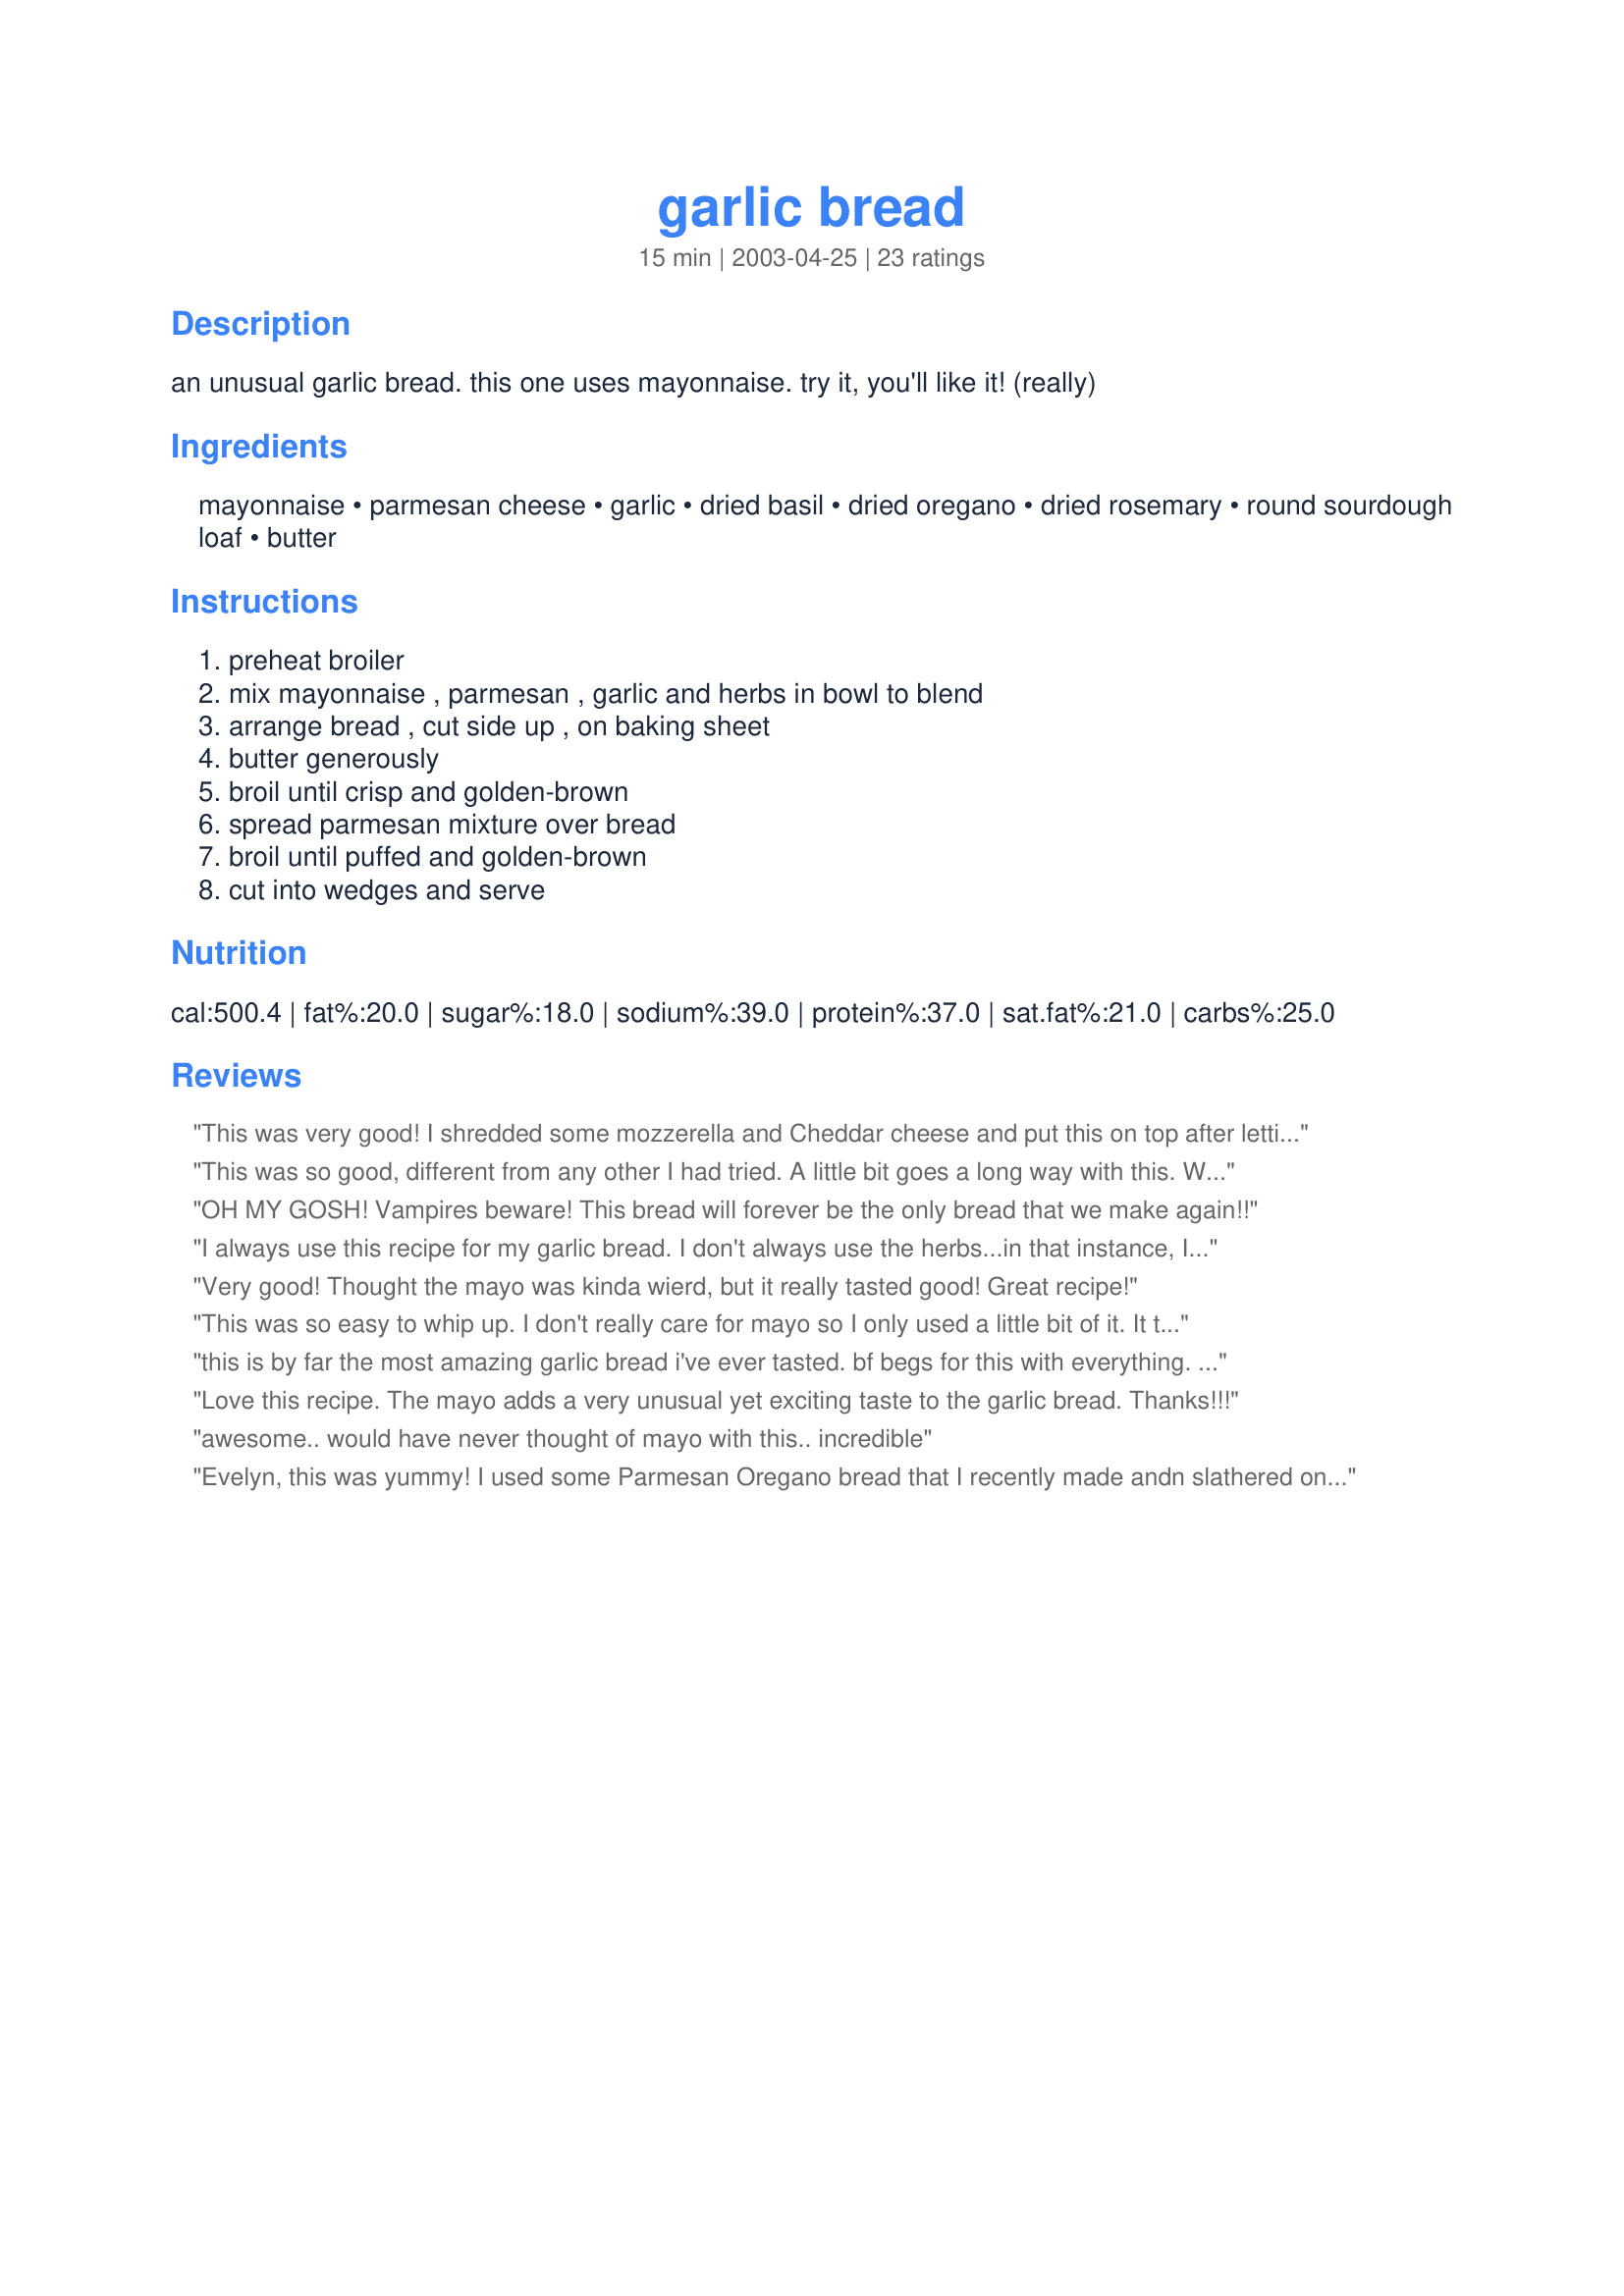
garlic bread
Preparation time: 15 minutes

an unusual garlic bread. this one uses mayonnaise. try it, you'll like it! (really)

Ingredients:
mayonnaise, parmesan cheese, garlic, dried basil, dried oregano, dried rosemary, round sourdough loaf, butter

Steps:
preheat broiler, mix mayonnaise , parmesan , garlic and herbs in bowl to blend, arrange bread , cut side up , on baking sheet, butter generously, broil until crisp and golden-brown, spread parmesan mixture over bread, broil until puffed and golden-brown, cut into wedges and serve

Reviews:
This was very good! I shredded some mozzerella and Cheddar cheese and put this on top after letting the bread toast up a tad...Great with just a salad and soup!
This was so good, different from any other I had tried. A little bit goes a long way with this. We really liked it! Can't wait to try it for company! Thanx for posting!
OH MY GOSH! Vampires beware! This bread will forever be the only bread that we make again!!
I always use this recipe for my garlic bread. I don't always use the herbs...in that instance, I reduce the amounts of the other ingredients, especially the mayo. I have added an sprinkling of Italian or pizza blend cheese on top, also. This is a no-fail recipe. Everyon always likes it. Be careful to watch it under the broiler, though. It can burn very quickly!
Very good! Thought the mayo was kinda wierd, but it really tasted good! Great recipe!
This was so easy to whip up. I don't really care for mayo so I only used a little bit of it. It turned out great!
this is by far the most amazing garlic bread i've ever tasted. bf begs for this with everything. thank you!
Love this recipe. The mayo adds a very unusual yet exciting taste to the garlic bread. Thanks!!!
awesome.. would have never thought of mayo with this.. incredible
Evelyn, this was yummy! I used some Parmesan Oregano bread that I recently made andn slathered on the mayo mix. Very rich, so this was a treat! Thanks!
Wow this was so good. I served it to our small group with some marinara sauce. People couldn't get enough of it. Everyone kept grabbing another piece. I had extra hamburger buns and used that instead of the sourdough and it tasted awesome. MMM this is so good.
Wow! Great dinner-spaghetti and meatballs and garlic bread. Oh, and a beautiful Italian Merlot.
This bread was fabulous! Easy and quick to make.
Thank you for rounding out such an enjoyable dinner.
This was really tasty. I still have mixed feelings about the mayo, but I think it was my own fault for using Salad Dressing style Mayo. I think it kind of overpowered the taste of the parmesan.
I used 4 cloves of garlic, and it was GREAT. 
I will definately be making this again.
Wonderful. I made only 4 slices and reduced mayo mixture accordingly. But the slices browned too quickly on edges. Will make several times but with reduced oven temp.
We reduced the mayo and spread it on submarine rolls (all we had). Was enjoyed by all!
This really had an excellent flavor, and was very easy to do. The only thing that we didn't care for was that there seemed to be too much "stuff" on top, and we wound up scraping most of it off. For our family, I will make only half to two-thirds of the amount of topping in the future. But the flavor makes it well worth trying again!
I don't know, maybe it was using low fat mayo that did it...but this came out terribly. The texture of the topping was a bit soupy, and of course unnaturally white for garlic bread. I could see that the proportion of garlic to the rest of the ingredients was low, so I doubled the garlic, but I think I should have halved the mayo. My oldest son's reaction was: What does this taste like [pause]... it almost tastes like you put mayo on instead of garlic.
I loved the taste of this special garlic toast! I served it with shrimp scampi over angel hair pasta and a green salad. This is definitely a keeper. Thanks!
This is fabulous!! I thought I'd give it a try because I had leftover French bread and it was a huge hit! I prepared it exactly as described except I used a loaf of French bread split open instead of sourdough. My husband said it was the best garlic bread he'd ever had and I have to agree with him!
My DH was the only one who loved this. The herbs were fantastic, but the mayonnaise taste was too profound for my DS's and myself, and it overall made it too rich for our tastes.
Evelyn, you never disappoint. I made exactly as directed. This was fantastic and I will certainly be making it again!
Simply DELICIOUS!! I also used french bread. Yet, it tastes wonderful!! Thank you for sharing this recipe.
Delish! I didn't use the sourdough, instead I cut the sides, bottom and top off of a bread machine loaf and slathered the mayo mixture onto those. (made croutons out of the rest of the bread) My family loved this bread so I'll be making it again. Thank you Ev for this great recipe :)
